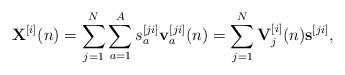
LaTeX: \begin{align*}{{\bf{X}}^{[i]}}(n) = \sum\limits_{j = 1}^N {\sum\limits_{a = 1}^A {s_a^{[ji]}{\bf{v}}_a^{[ji]}(n)} } = \sum\limits_{j = 1}^N {{\bf{V}}_j^{[i]}(n){{\bf{s}}^{[ji]}}},\end{align*}